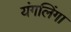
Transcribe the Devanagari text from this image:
यंगलिंगा